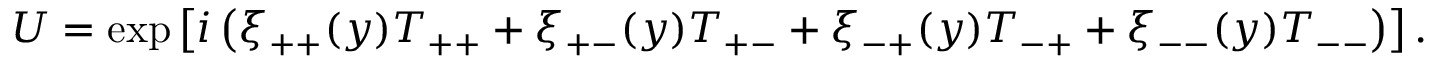
U = \exp \left[ i \left( \xi _ { + + } ( y ) T _ { + + } + \xi _ { + - } ( y ) T _ { + - } + \xi _ { - + } ( y ) T _ { - + } + \xi _ { -- } ( y ) T _ { -- } \right) \right] .